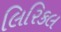
લિરિકલ